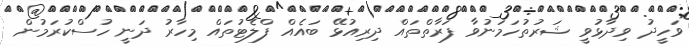
ވަހީދު ވިދާޅުވީ ޝަރުތުހަމަނުވާ ފަރާތްތައް ދިރިއުޅޭ ބައެއް ފްލެޓުތައް މިހާރު ދަނީ ހުސްކުރަމުން